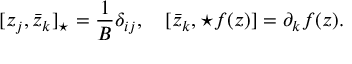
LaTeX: [ z _ { j } , \bar { z } _ { k } ] _ { \star } = \frac { 1 } { B } \delta _ { i j } , \quad [ \bar { z } _ { k } , \star f ( z ) ] = \partial _ { k } f ( z ) .